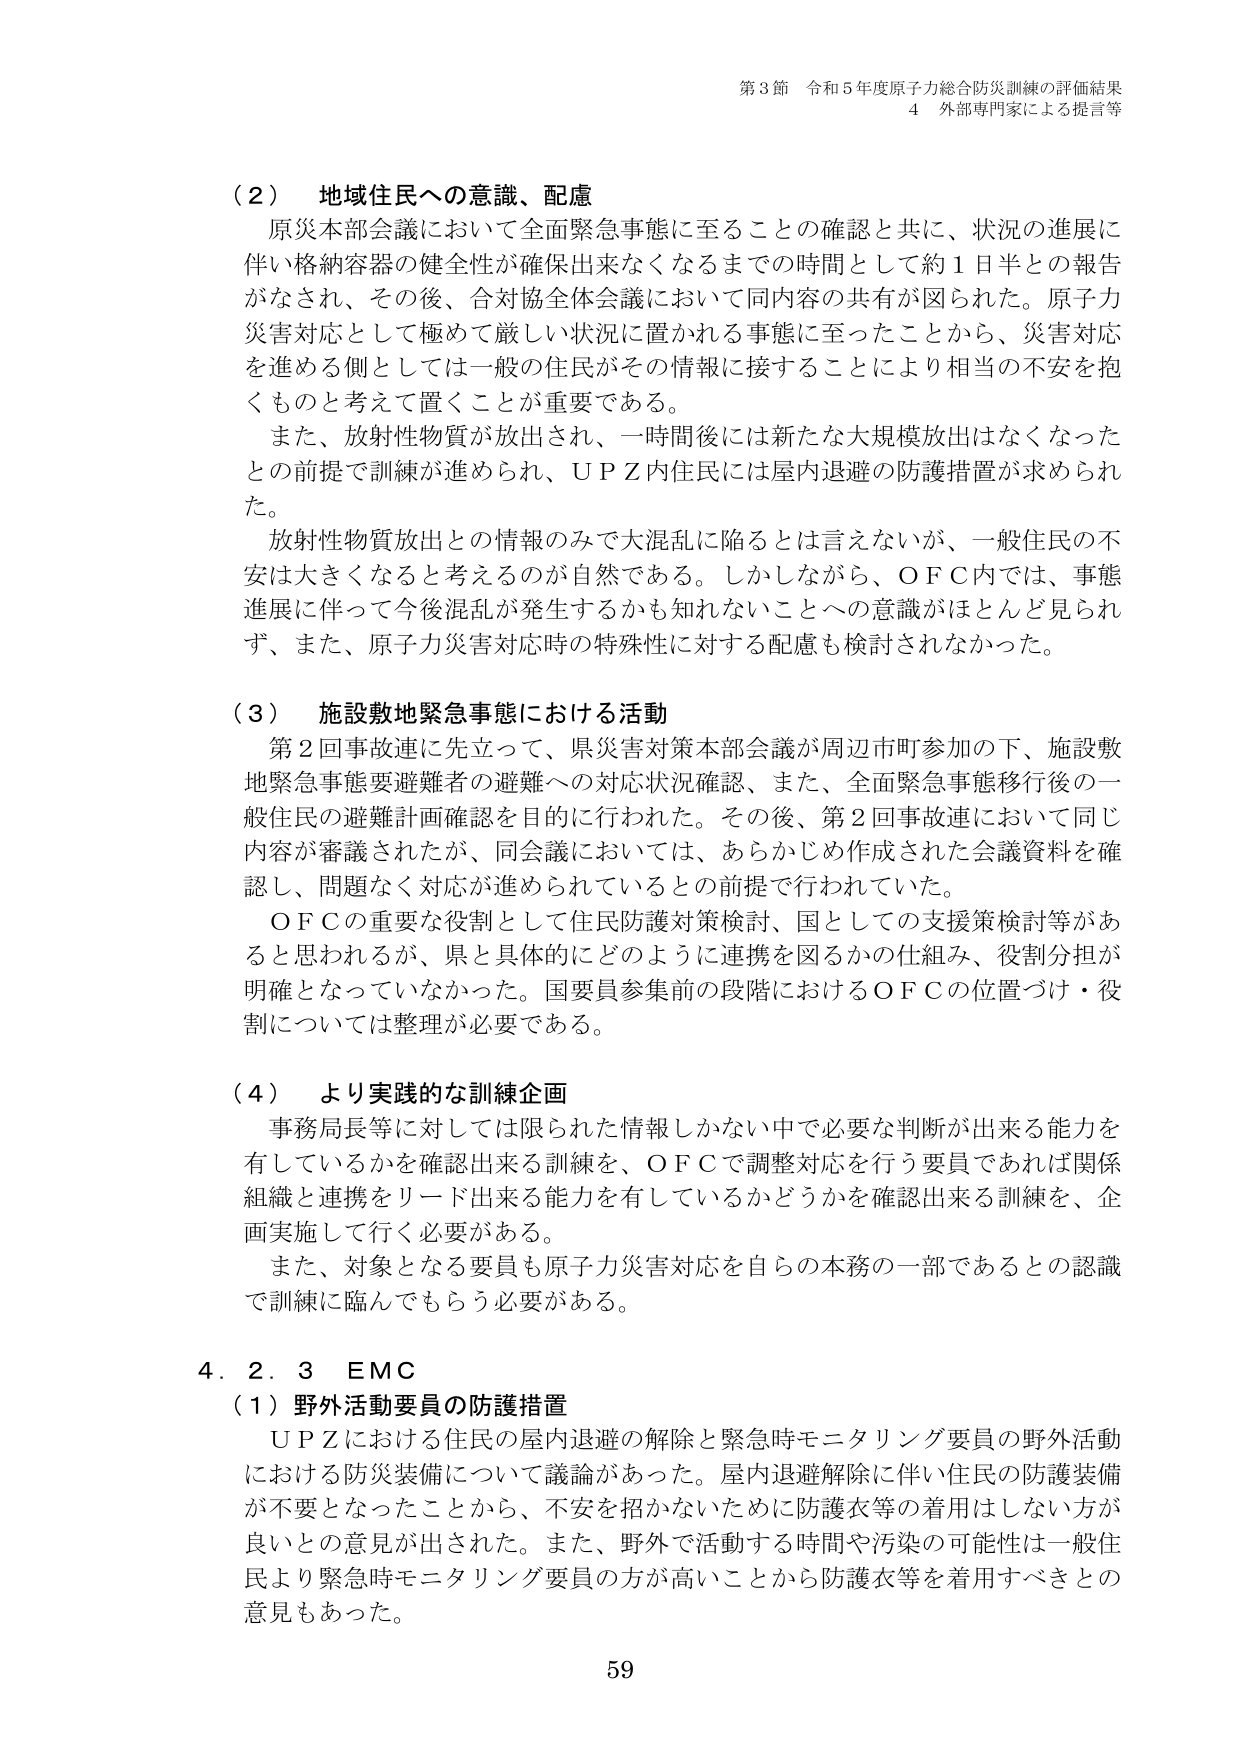
第3節 令和5年度原子力総合防災訓練の評価結果
4 外部専門家による提言等

（2） 地域住民への意識、配慮
原災本部会議において全面緊急事態に至ることの確認と共に、状況の進展に伴い格納容器の健全性が確保出来なくなるまでの時間として約1日半との報告がなされ、その後、合対協全体会議において同内容の共有が図られた。原子力災害対応として極めて厳しい状況に置かれる事態に至ったことから、災害対応を進める側としては一般の住民がその情報に接することにより相当の不安を抱くものと考えて置くことが重要である。
また、放射性物質が放出され、一時間後には新たな大規模放出はなくなったとの前提で訓練が進められ、ＵＰＺ内住民には屋内退避の防護措置が求められた。
放射性物質放出との情報のみで大混乱に陥るとは言えないが、一般住民の不安は大きくなると考えるのが自然である。しかしながら、ＯＦＣ内では、事態進展に伴って今後混乱が発生するかも知れないことへの意識がほとんど見られず、また、原子力災害対応時の特殊性に対する配慮も検討されなかった。

（3） 施設敷地緊急事態における活動
第2回事連に先立って、県災害対策本部会議が周辺市町参加の下、施設敷地緊急事態要避難者の避難への対応状況確認、また、全面緊急事態移行後的一般住民の避難計画確認を目的に行われた。その後、第2回事故連において同じ内容が審議されたが、同会議においては、あらかじめ作成された会議資料を確認し、問題なく対応が進められているとの前提で行われていた。
ＯＦＣの重要な役割として住民防護対策検討、国としての支援策検討等があると思われるが、県と具体的にどのように連携を図るかの仕組み、役割分担が明確となっていなかった。国要員参集前の段階におけるＯＦＣの位置づけ・役割については整理が必要である。

（4） より実践的な訓練企画
事務局長等に対しては限られた情報しかない中で必要な判断が出来る能力を有しているかを確認出来る訓練を、ＯＦＣで調整対応を行う要員であれば関係組織と連携をリード出来る能力を有しているかどうかを確認出来る訓練を、企画実施して行く必要がある。
また、対象となる要員も原子力災害対応を自らの本務の一部であるとの認識で訓練に臨んでもらう必要がある。

4.2.3 EMC
（1）野外活動要員の防護措置
ＵＰＺにおける住民の屋内退避の解除と緊急時モニタリング要員の野外活動における防災装備について議論があった。屋内退避解除に伴い住民の防護装備が不要となったことから、不安を招かないために防護衣等の着用はしない方が良いとの意見が出された。また、野外で活動する時間や汚染の可能性は一般住民より緊急時モニタリング要員の方が高いことから防護衣等を着用すべきとの意見もあった。

59